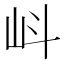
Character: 㞳